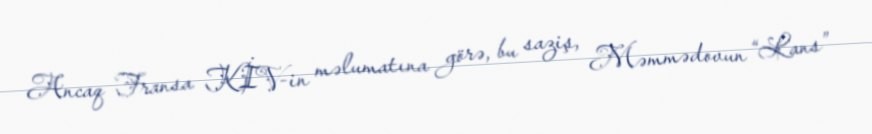
Ancaq Fransa KİV-in məlumatına görə, bu saziş, Məmmədovun “Lans”